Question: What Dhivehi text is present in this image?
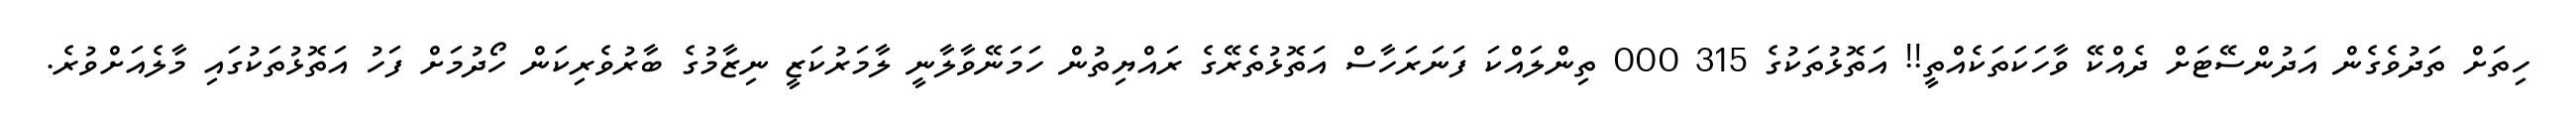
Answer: ހިތަށް ތަދުވެގެން އަދުންސޭޓަށް ދެއްކޭ ވާހަކަތަކެއްތީ!! އަތޮޅުތަކުގެ 315 000 ތިންލައްކަ ފަނަރަހާސް އަތޮޅުތެރޭގެ ރައްޔިތުން ހަމަނޭވާލާނީ ލާމަރުކަޒީ ނިޒާމުގެ ބާރުވެރިކަން ހޯދުމަށް ފަހު އަތޮޅުތަކުގައި މާލެއަށްވުރެ.